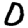
Digit: 0